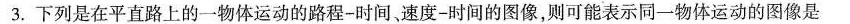
3.下列是在平直路上的一物体运动的路程-时间、速度-时间的图像，则可能表示同一物体运动的图像是